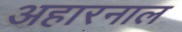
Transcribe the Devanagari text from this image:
अहारनाल